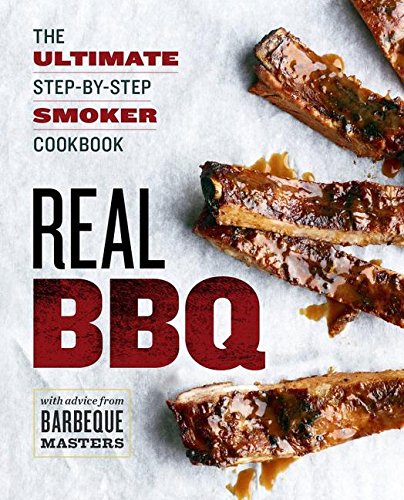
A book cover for Real BBQ: The Ultimate Step-By-Step Smoker Cookbook; Rockridge Press; Cookbooks, Food & Wine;